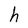
Character: h